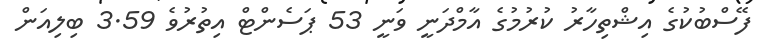
ފޭސްބުކުގެ އިޝްތިހާރު ކުރުމުގެ އާމްދަނީ ވަނީ 53 ޕަސެންޓް އިތުރުވެ 3.59 ބިލިއަން